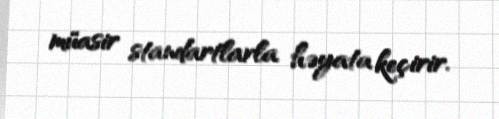
müasir standartlarla həyata keçirir.